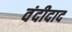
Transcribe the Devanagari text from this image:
वंदीदाद